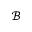
\mathcal { B }